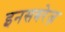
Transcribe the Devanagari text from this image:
इनसबरेज़